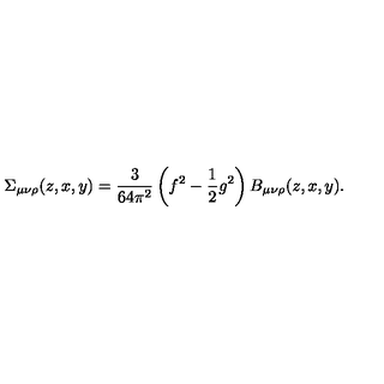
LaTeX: \Sigma _ { \mu \nu \rho } ( z , x , y ) = \frac { 3 } { 6 4 \pi ^ { 2 } } \left( f ^ { 2 } - \frac { 1 } { 2 } g ^ { 2 } \right) B _ { \mu \nu \rho } ( z , x , y ) .